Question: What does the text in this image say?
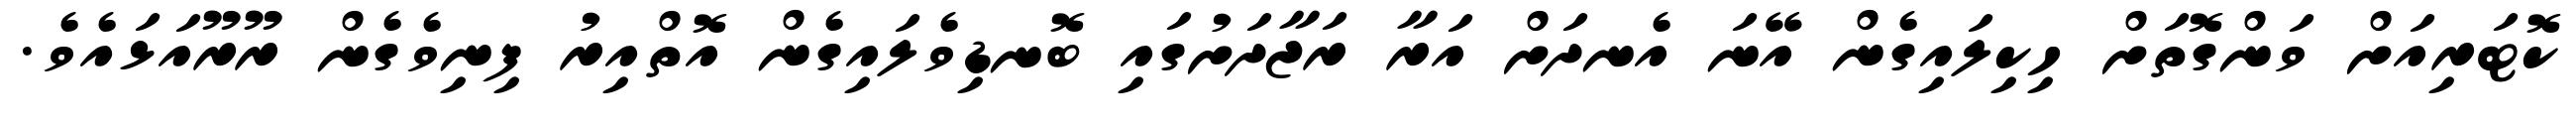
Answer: ކޮޓަރިއަށް ވަންގޮތަށް ހިކިލައިގެން އޭނަ އެނދަށް އަރާ ރަޖާދަށުގައި ބޮނޑިވެލައިގެން އޮތްއިރު ފިނިވެގެން ރޫރޫއަޅައެވެ.